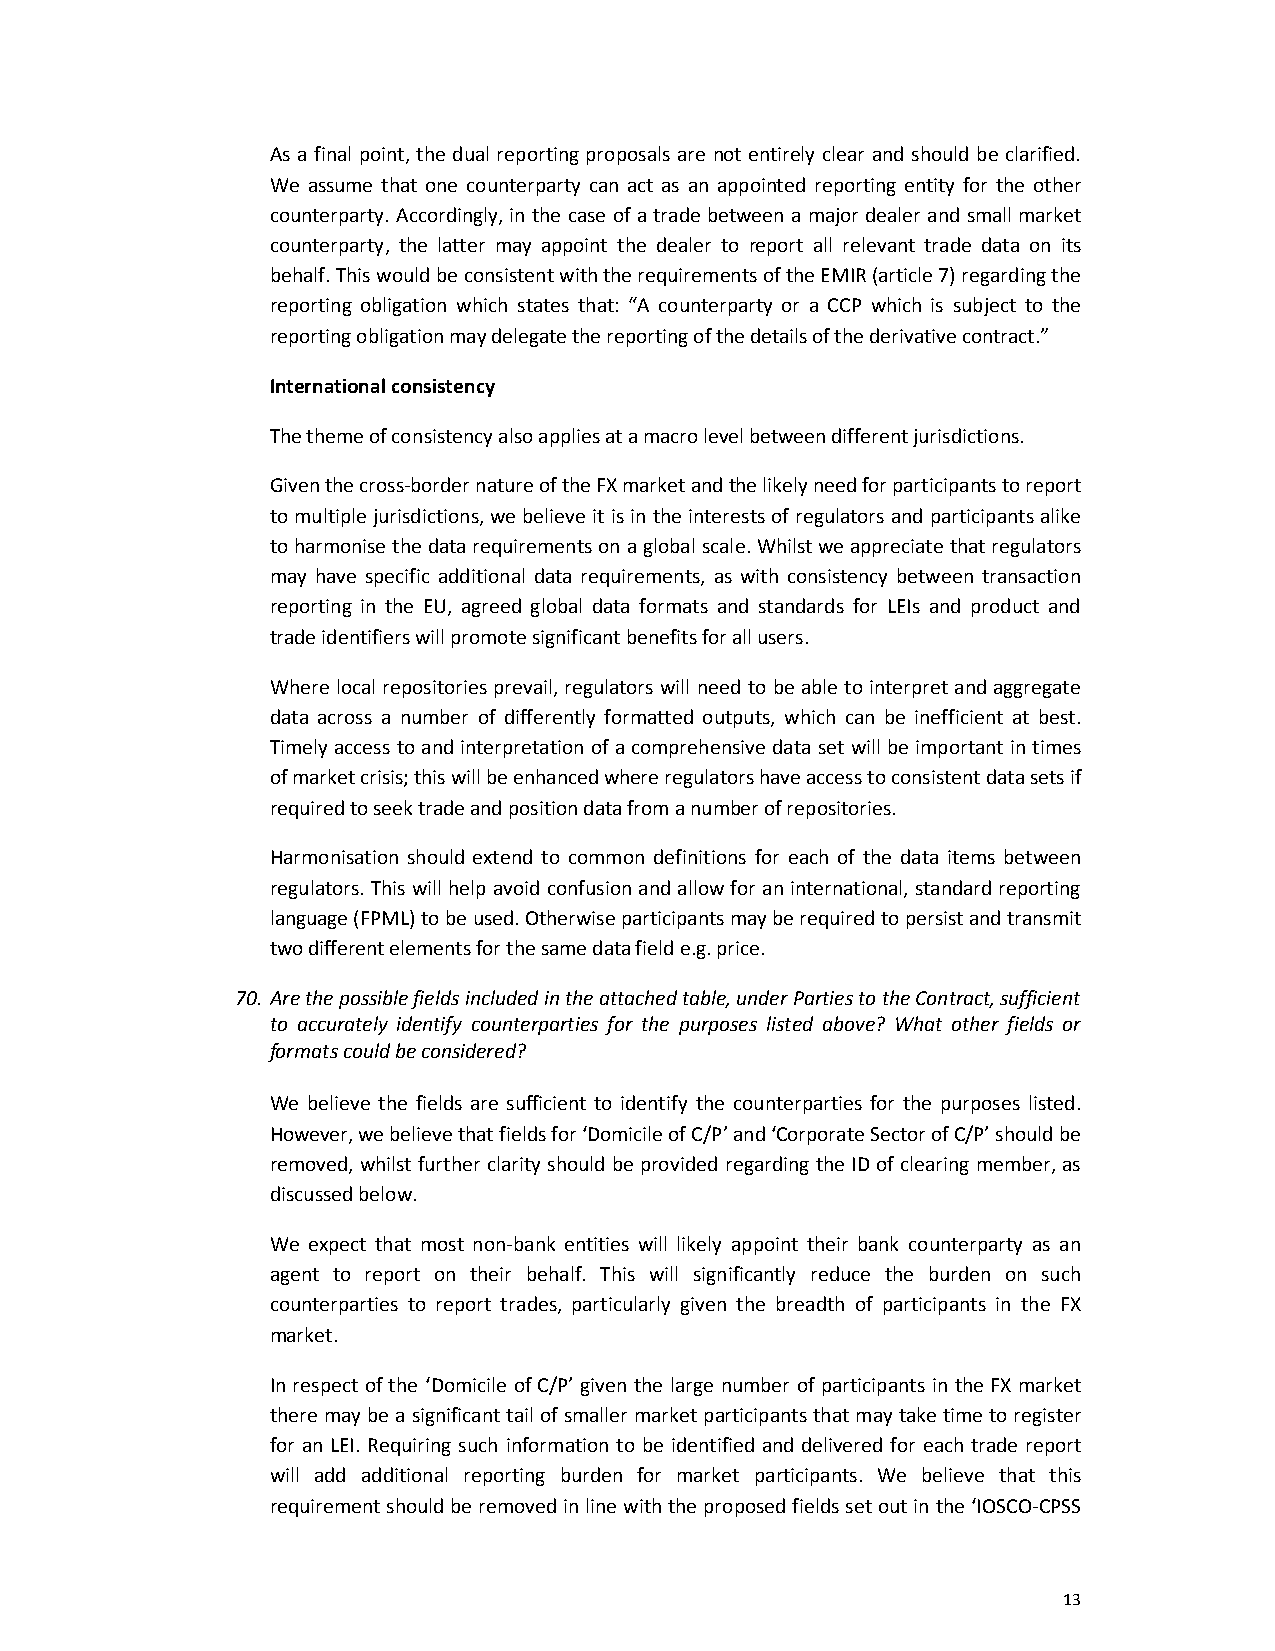
As a final point, the dual reporting proposals are not entirely clear and should be clarified.
 We assume that one counterparty can act as an appointed reporting entity for the other
 counterparty. Accordingly, in the case of a trade between a major dealer and small market
 counterparty, the latter may appoint the dealer to report all relevant trade data on its
 behalf. This would be consistent with the requirements of the EMIR (article 7) regarding the
 reporting obligation which states that: “A counterparty or a CCP which is subject to the
 reporting obligation may delegate the reporting of the details of the derivative contract.”
 International consistency
 The theme of consistency also applies at a macro level between different jurisdictions.
 Given the cross-border nature of the FX market and the likely need for participants to report
 to multiple jurisdictions, we believe it is in the interests of regulators and participants alike
 to harmonise the data requirements on a global scale. Whilst we appreciate that regulators
 may have specific additional data requirements, as with consistency between transaction
 reporting in the EU, agreed global data formats and standards for LEIs and product and
 trade identifiers will promote significant benefits for all users.
 Where local repositories prevail, regulators will need to be able to interpret and aggregate
 data across a number of differently formatted outputs, which can be inefficient at best.
 Timely access to and interpretation of a comprehensive data set will be important in times
 of market crisis; this will be enhanced where regulators have access to consistent data sets if
 required to seek trade and position data from a number of repositories.
 Harmonisation should extend to common definitions for each of the data items between
 regulators. This will help avoid confusion and allow for an international, standard reporting
 language (FPML) to be used. Otherwise participants may be required to persist and transmit
 two different elements for the same data field e.g. price.
 70. Are the possible fields included in the attached table, under Parties to the Contract, sufficient
 to accurately identify counterparties for the purposes listed above? What other fields or
 formats could be considered?
 We believe the fields are sufficient to identify the counterparties for the purposes listed.
 However, we believe that fields for ‘Domicile of C/P’ and ‘Corporate Sector of C/P’ should be
 removed, whilst further clarity should be provided regarding the ID of clearing member, as
 discussed below.
 We expect that most non-bank entities will likely appoint their bank counterparty as an
 agent to report on their behalf. This will significantly reduce the burden on such
 counterparties to report trades, particularly given the breadth of participants in the FX
 market.
 In respect of the ‘Domicile of C/P’ given the large number of participants in the FX market
 there may be a significant tail of smaller market participants that may take time to register
 for an LEI. Requiring such information to be identified and delivered for each trade report
 will add additional reporting burden for market participants. We believe that this
 requirement should be removed in line with the proposed fields set out in the ‘IOSCO-CPSS
 13